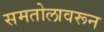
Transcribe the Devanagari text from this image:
समतोलावरून